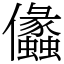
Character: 㒩